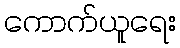
ကောက်ယူရေး